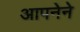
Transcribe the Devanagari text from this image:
आपनेने